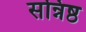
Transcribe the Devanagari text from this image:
सन्निष्ठ